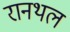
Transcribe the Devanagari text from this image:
रानथल